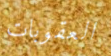
العقوبات